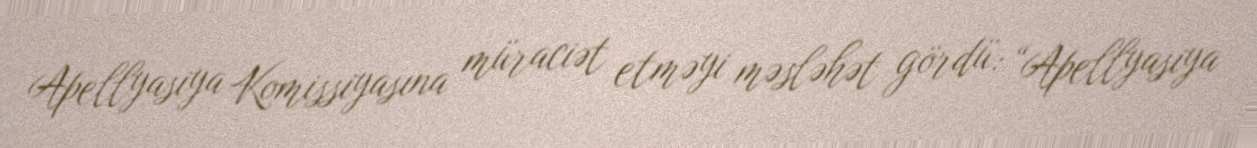
Apellyasiya Komissiyasına müraciət etməyi məsləhət gördü: “Apellyasiya